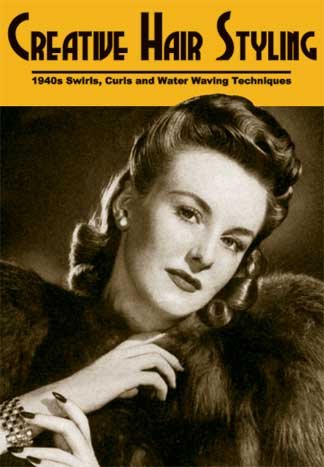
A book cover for Creative Hair Styling -- 1940s Swirls, Curls and Water Waving Techniques; Alfred Morris; Health, Fitness & Dieting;